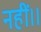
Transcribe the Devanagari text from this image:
नहीं।।